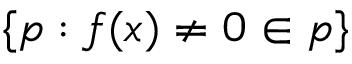
\{ p : f ( x ) \neq 0 \in p \}